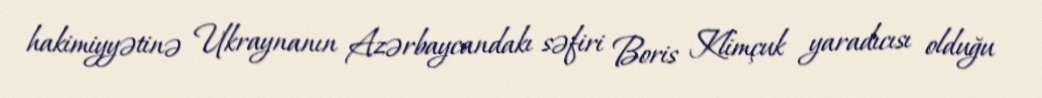
hakimiyyətinə Ukraynanın Azərbaycandakı səfiri Boris Klimçuk yaradıcısı olduğu